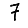
Digit: 7